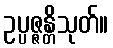
ဥပ္ပဇ္ဇန္တိသုတ်။